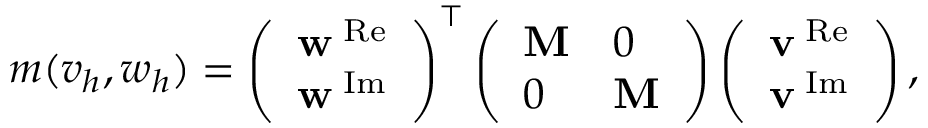
\begin{array} { r } { m ( v _ { h } , w _ { h } ) = \left( \begin{array} { l } { \mathbf { w } ^ { \mathrm { \tiny \mathrm { ~ R e } } } } \\ { \mathbf { w } ^ { \mathrm { \tiny \mathrm { ~ I m } } } } \end{array} \right) ^ { \top } \left( \begin{array} { l l } { \mathbf { M } } & { 0 } \\ { 0 } & { \mathbf { M } } \end{array} \right) \left( \begin{array} { l } { \mathbf { v } ^ { \mathrm { \tiny \mathrm { ~ R e } } } } \\ { \mathbf { v } ^ { \mathrm { \tiny \mathrm { ~ I m } } } } \end{array} \right) , } \end{array}